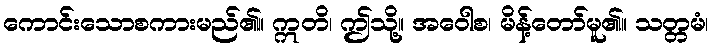
ကောင်းသောစကားမည်၏။ ဣတိ၊ ဤသို့။ အဝေါစ၊ မိန့်တော်မူ၏။ သတ္တမံ၊